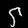
Digit: 5